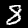
Label: 8